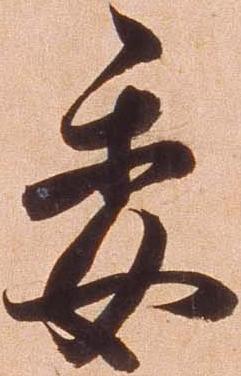
委